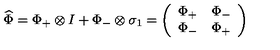
\widehat { \Phi } = \Phi _ { + } \otimes I + \Phi _ { - } \otimes \sigma _ { 1 } = \left( \begin{array} { c c } { \Phi _ { + } } & { \Phi _ { - } } \\ { \Phi _ { - } } & { \Phi _ { + } } \\ \end{array} \right)